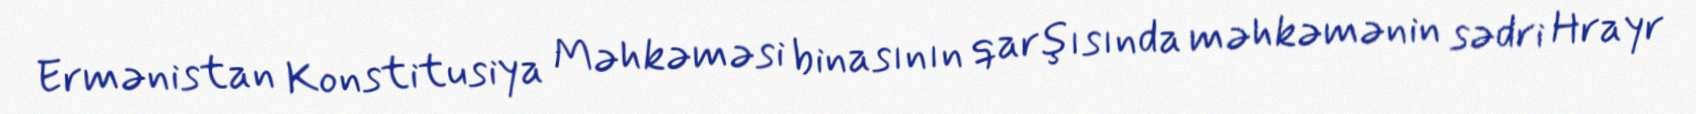
Ermənistan Konstitusiya Məhkəməsi binasının qarşısında məhkəmənin sədri Hrayr